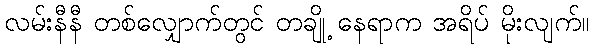
လမ်းနီနီ တစ်လျှောက်တွင် တချို့ နေရာက အရိပ် မိုးလျက်။